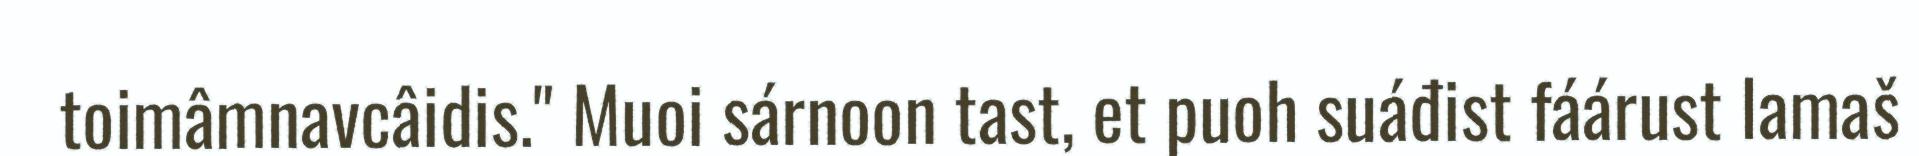
toimâmnavcâidis." Muoi sárnoon tast, et puoh suáđist fáárust lamaš